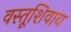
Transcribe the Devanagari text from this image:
वस्तूशिवाय